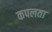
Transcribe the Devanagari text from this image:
कपलता